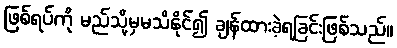
ဖြစ်ရပ်ကို မည်သို့မှမသိနိုင်၍ ချန်ထားခဲ့ရခြင်းဖြစ်သည်။